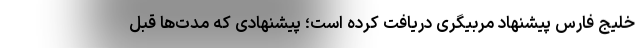
خلیج فارس پیشنهاد مربیگری دریافت کرده است؛ پیشنهادی که مدت‌ها قبل